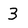
Character: 3